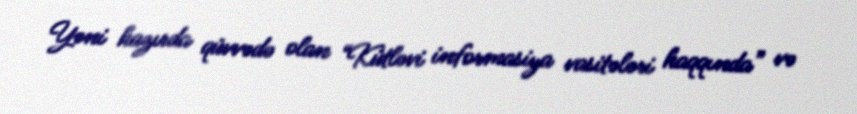
Yəni hazırda qüvvədə olan “Kütləvi informasiya vasitələri haqqında” və